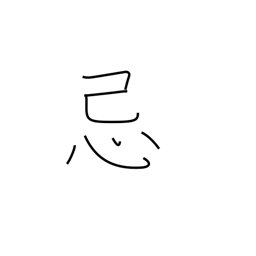
Meaning: mourning